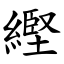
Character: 䌑